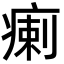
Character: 瘌